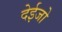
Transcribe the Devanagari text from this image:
देईजो